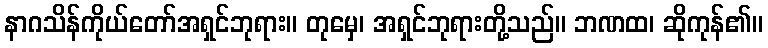
နာဂသိန်ကိုယ်တော်အရှင်ဘုရား။ တုမှေ၊ အရှင်ဘုရားတို့သည်။ ဘဏထ၊ ဆိုကုန်၏။